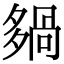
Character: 𡖿